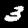
Label: 3